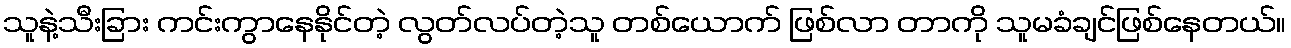
သူနဲ့သီးခြား ကင်းကွာနေနိုင်တဲ့ လွတ်လပ်တဲ့သူ တစ်ယောက် ဖြစ်လာ တာကို သူမခံချင်ဖြစ်နေတယ်။